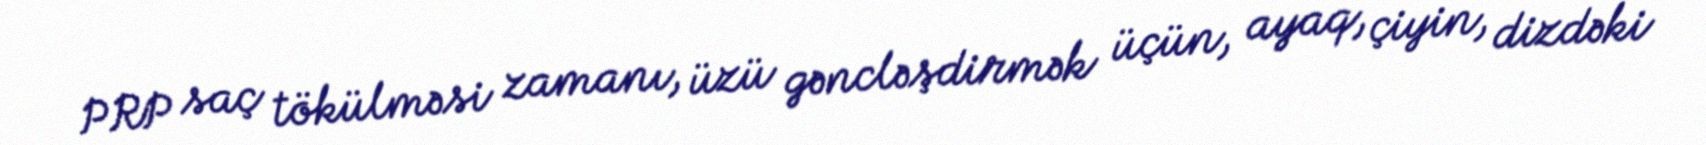
PRP saç tökülməsi zamanı, üzü gəncləşdirmək üçün, ayaq, çiyin, dizdəki